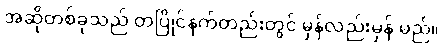
အဆိုတစ်ခုသည် တပြိုင်နက်တည်းတွင် မှန်လည်းမှန် မည်။